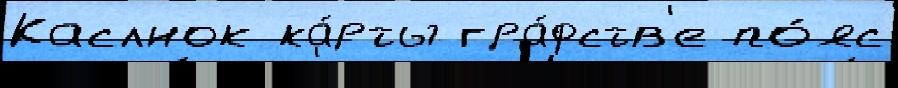
Каслнок ка́рты гра́фств'е по́яс